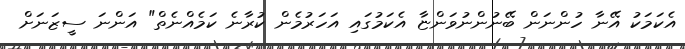
އެކަމަކު އޭނާ ހުންނަން ބޭނުންނުވަންޏާ އެކަމުގައި އަހަރުމެން ކުރާނެ ކަމެއްނެތް" އަންނަ ސީޒަނަށް